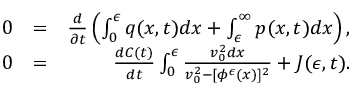
\begin{array} { r l r } { 0 } & { = } & { \frac { d } { \partial t } \left( \int _ { 0 } ^ { \epsilon } q ( x , t ) d x + \int _ { \epsilon } ^ { \infty } p ( x , t ) d x \right) , } \\ { 0 } & { = } & { \frac { d C ( t ) } { d t } \int _ { 0 } ^ { \epsilon } \frac { v _ { 0 } ^ { 2 } d x } { v _ { 0 } ^ { 2 } - [ \phi ^ { \epsilon } ( x ) ] ^ { 2 } } + J ( \epsilon , t ) . } \end{array}